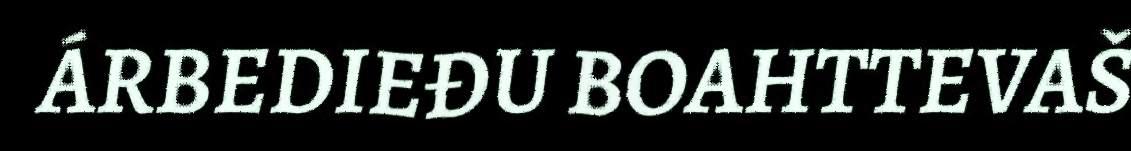
ÁRBEDIEĐU BOAHTTEVAŠ